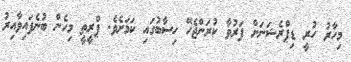
މިހާރު ހުރީ ޑިޕްރެޝަނަށް ފަރުވާ ކުރަންޖެހޭ ހިސާބުގައި ކަމަށެވެ. ޕްރީތީ މިހެން ބުނެފައިވާއިރު